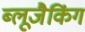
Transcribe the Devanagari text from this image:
ब्लूजैकिंग